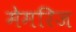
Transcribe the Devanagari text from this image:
मेमरिज